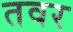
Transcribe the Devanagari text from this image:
तवर